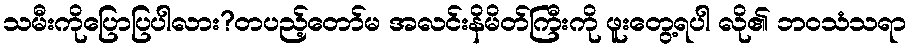
သမီးကိုပြောပြပါလား?တပည့်တော်မ အလင်းနိမိတ်ကြီးကို ဖူးတွေ့ရပါ လို၏ ဘဝသံသရာ